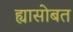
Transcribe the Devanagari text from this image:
ह्यासोबत